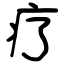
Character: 疗